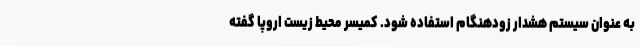
به عنوان سیستم هشدار زودهنگام استفاده شود. کمیسر محیط زیست اروپا گفته